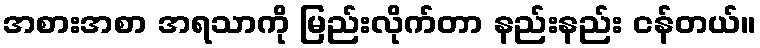
အစားအစာ အရသာကို မြည်းလိုက်တာ နည်းနည်း ငန်တယ်။